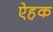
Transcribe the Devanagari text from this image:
ऐहक